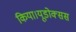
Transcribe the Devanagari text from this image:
किया।यूडोक्‍सस